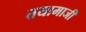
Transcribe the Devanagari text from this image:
तयामाजीं